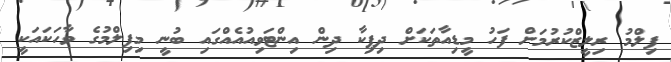
ފިލްމު ރިލީޒްކުރުމަށް ފަހު މީޑިއާތަކަށް ދިޕިކާ ދިން އިންޓަވިއުއެއްގައި ބުނީ މިފިލްމުގެ ވާހަކައަކީ